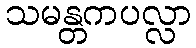
သမန္တကပလ္လာ